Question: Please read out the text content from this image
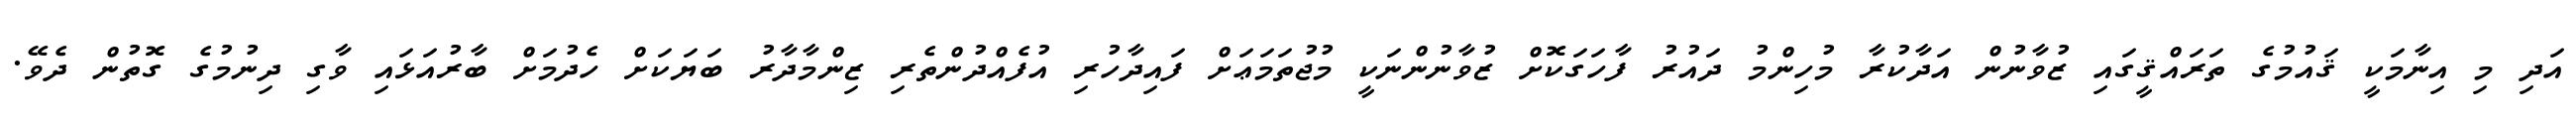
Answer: އަދި މި އިނާމަކީ ޤައުމުގެ ތަރައްޤީގައި ޒުވާނުން އަދާކުރާ މުހިންމު ދައުރު ފާހަގަކޮށް ޒުވާނުންނަކީ މުޖުތަމަޢަށް ފައިދާހުރި އުފެއްދުންތެރި ޒިންމާދާރު ބަޔަކަށް ހެދުމަށް ބާރުއަޅައި ވާގި ދިނުމުގެ ގޮތުން ދެވޭ.